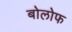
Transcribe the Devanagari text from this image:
बोलोफ